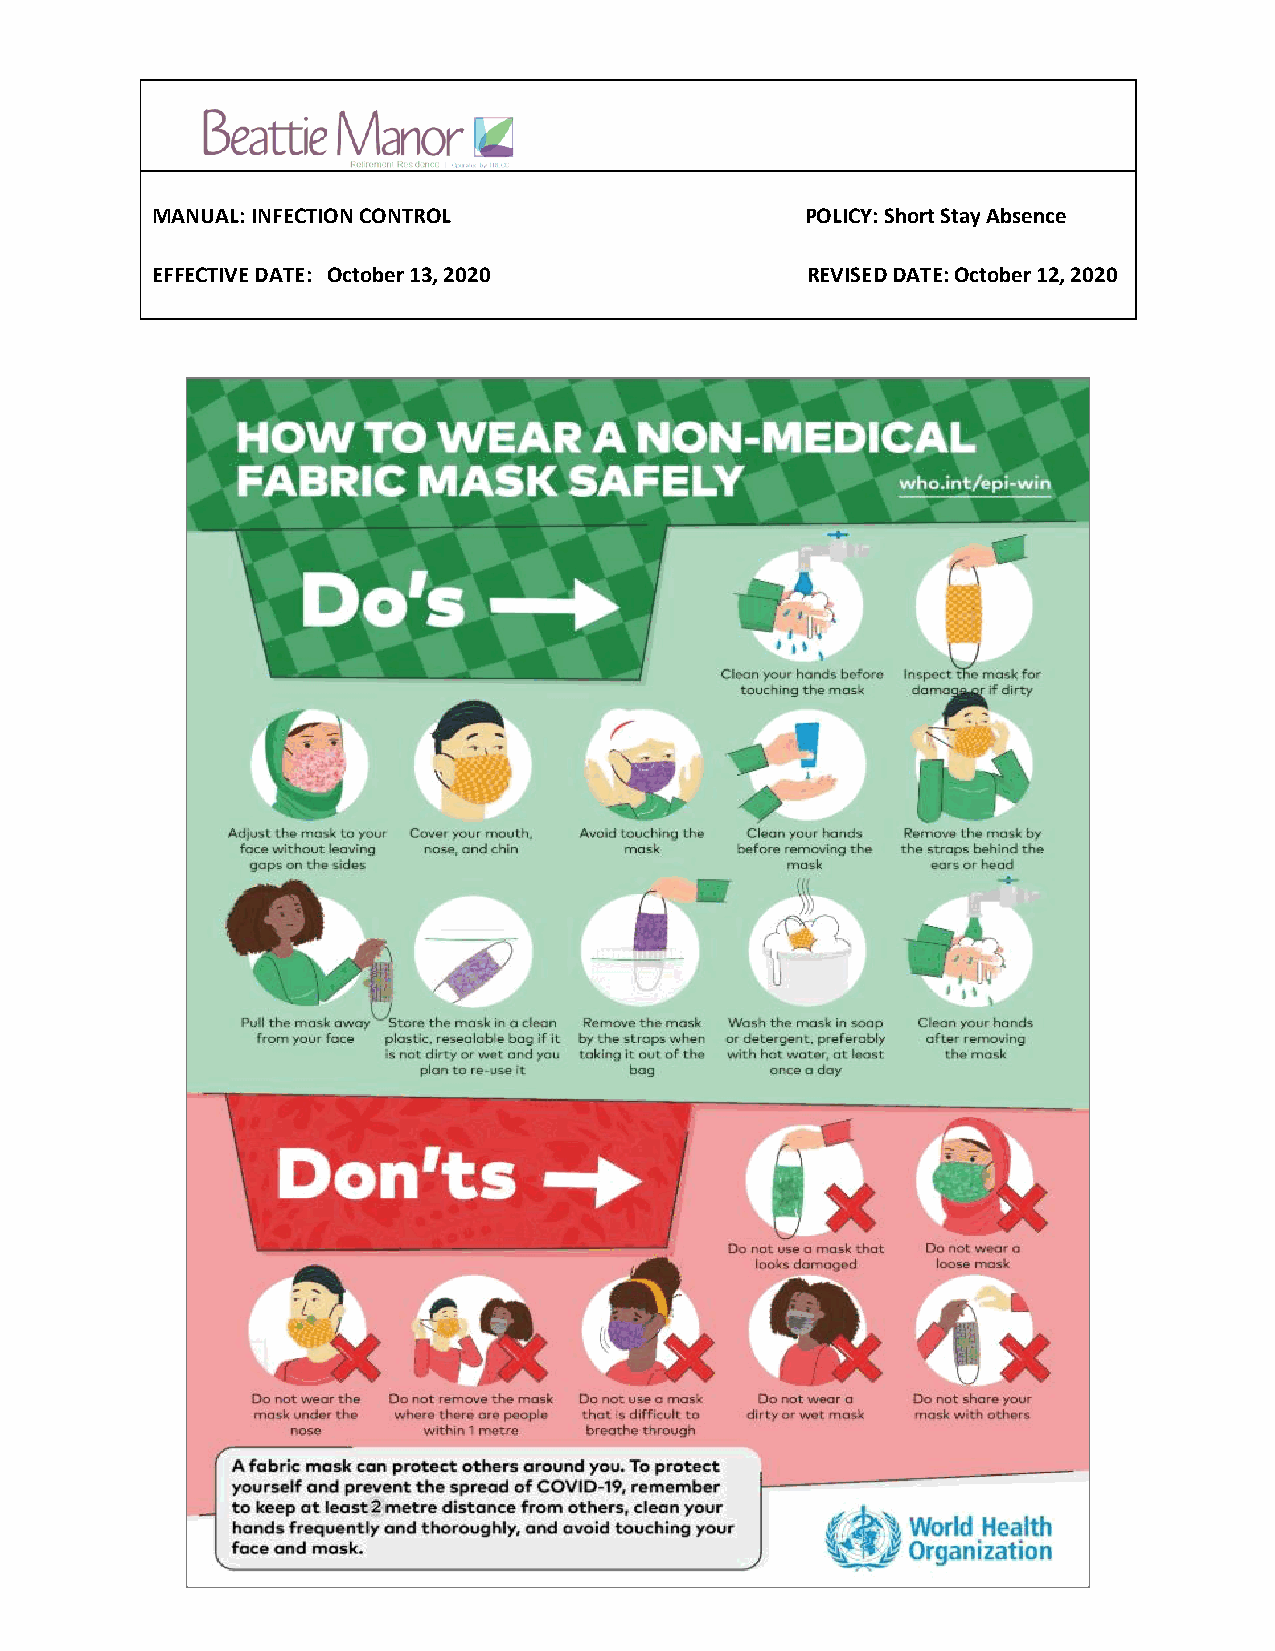
MANUAL: INFECTION CONTROL                  POLICY: Short Stay Absence
 EFFECTIVE DATE: October 13, 2020           REVISED DATE: October 12, 2020